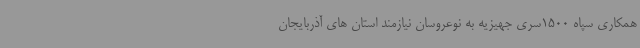
همکاری سپاه 1500سری جهیزیه به نوعروسان نیازمند استان های آذربایجان